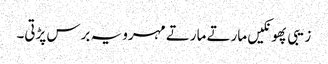
زیبی پھونکیں مارتے مارتے مہرو یہ برس پڑتی۔